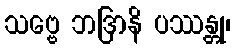
သဗ္ဗေ ဘဒြာနိ ပဿန္တု၊